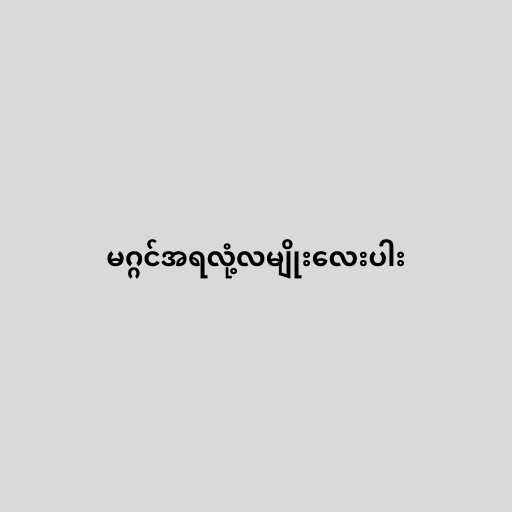
မဂ္ဂင်အရလုံ့လမျိုးလေးပါး